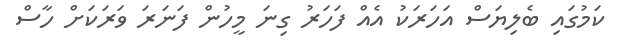
ކަމުގައި ބެލިޔަސް އަހަރަކު އެއް ފަހަރު ގިނަ މީހުން ފަނަރަ ވަރަކަށް ހާސް